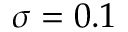
\sigma = 0 . 1